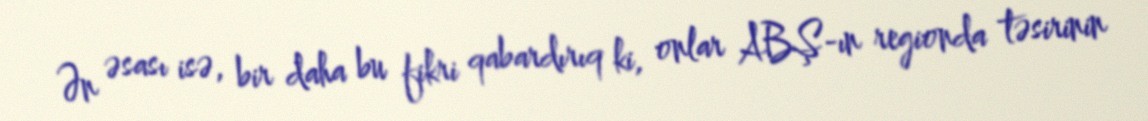
Ən əsası isə, bir daha bu fikri qabardırıq ki, onlar ABŞ-ın regionda təsirinin